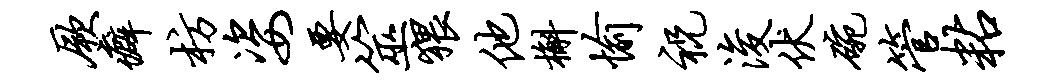
厥癖枋姿要筮猥他槲愉祝浚伏碗管粘